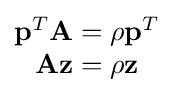
{\begin{matrix}\mathbf {p} ^{T}\mathbf {A} =\rho \mathbf {p} ^{T}\\\mathbf {A} \mathbf {z} =\rho {\mathbf {z} }\\\end{matrix}}